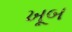
ખૂબ